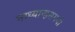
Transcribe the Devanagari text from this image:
माध्यान्हसमयी